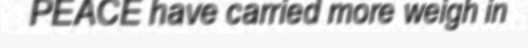
PEACE have carried more weigh in